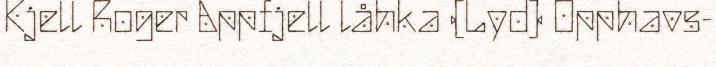
Kjell Roger Appfjell låhka (Lyd) Opphavs-